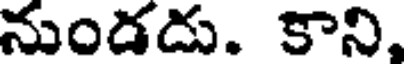
నుండదు. కాని,